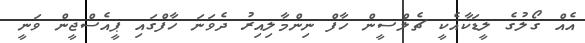
އެއް ގޯލުގެ ލީޑަކާއެކީ ޗެލްސީން ހާފް ނިންމާލިއިރު ދެވަނަ ހާފްގައި ޕީއެސްޖީން ވަނީ